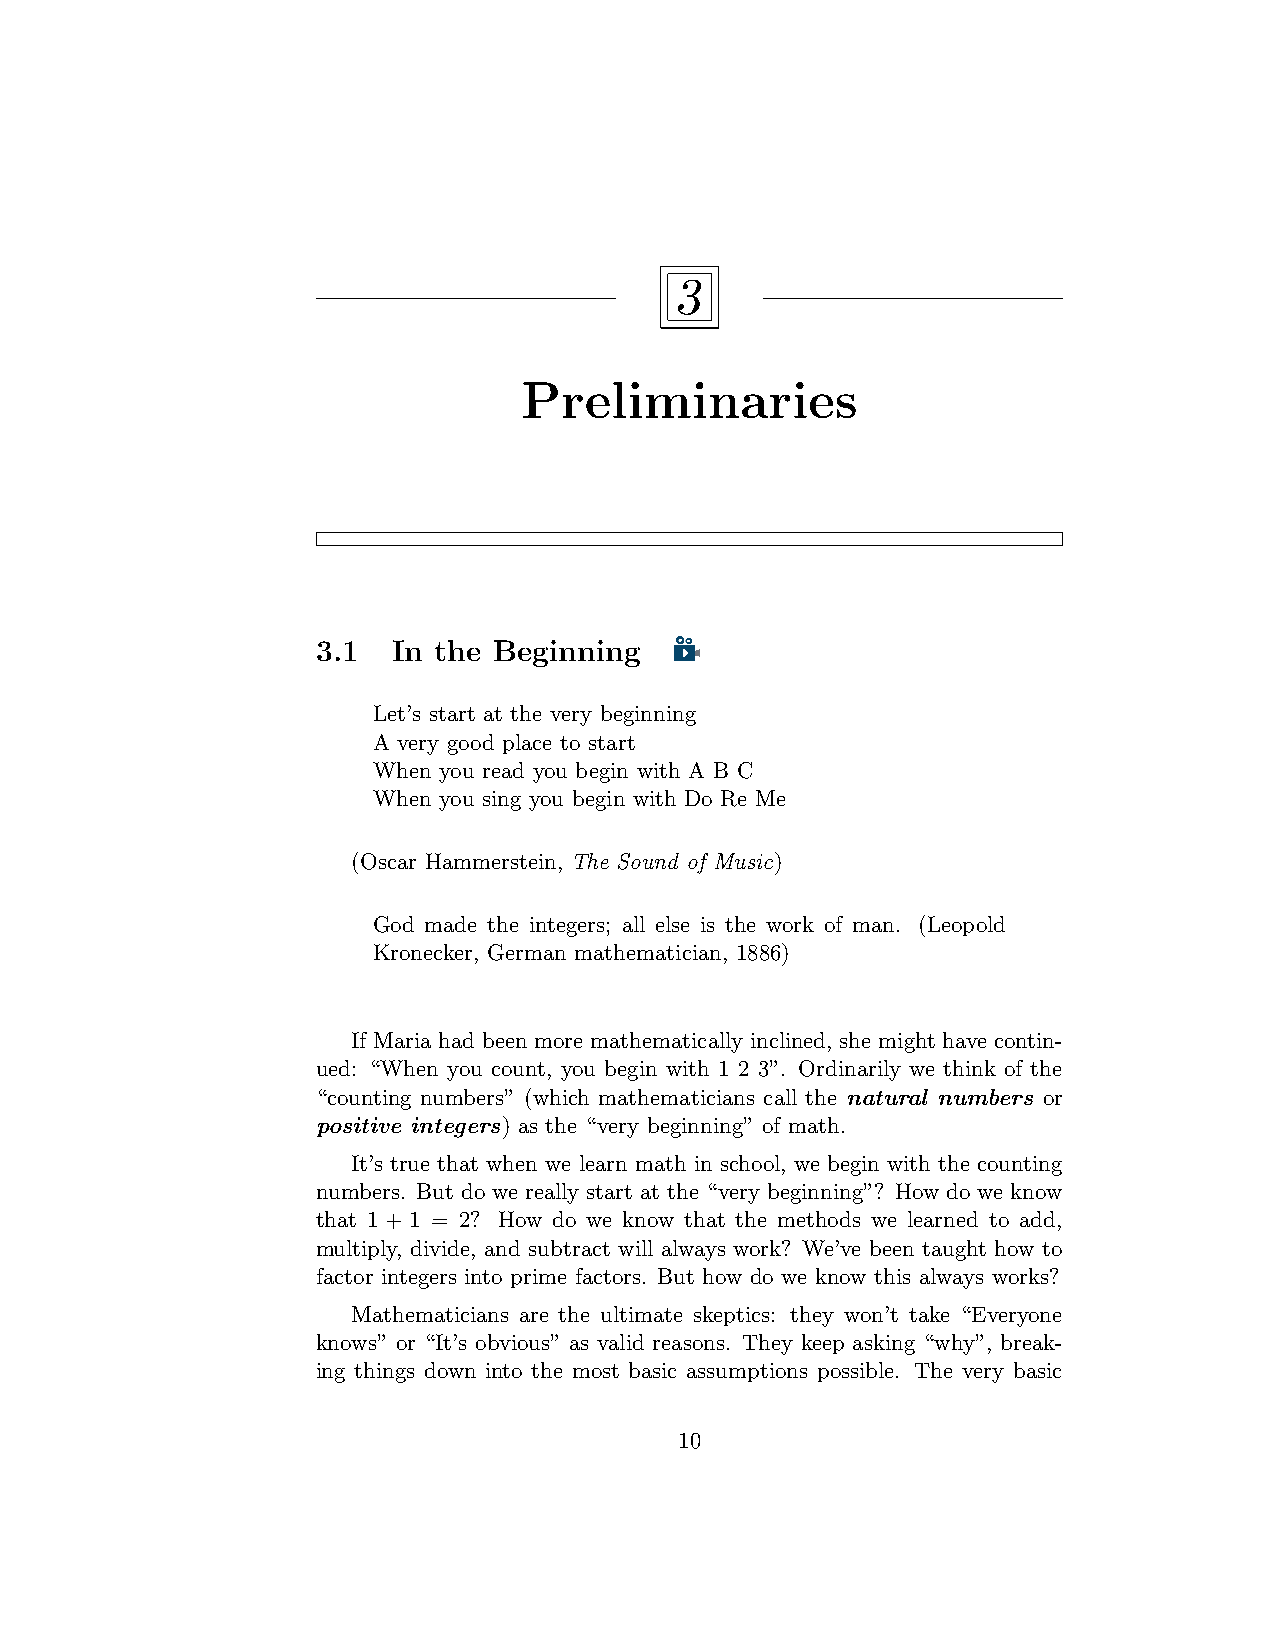
3
 Preliminaries
 3.1  In the Beginning
 Let’s start at the very beginning
 A very good place to start
 When you read you begin with A B C
 When you sing you begin with Do Re Me
 (Oscar Hammerstein, The Sound of Music)
 God made the integers; all else is the work of man. (Leopold
 Kronecker, German mathematician, 1886)
 If Maria had been more mathematically inclined, she might have contin-
 ued: “When you count, you begin with 1 2 3”. Ordinarily we think of the
 “counting numbers” (which mathematicians call the natural numbers or
 positive integers) as the “very beginning” of math.
 It’s true that when we learn math in school, we begin with the counting
 numbers. But do we really start at the “very beginning”? How do we know
 that 1 + 1 = 2? How do we know that the methods we learned to add,
 multiply, divide, and subtract will always work? We’ve been taught how to
 factor integers into prime factors. But how do we know this always works?
 Mathematicians are the ultimate skeptics: they won’t take “Everyone
 knows” or “It’s obvious” as valid reasons. They keep asking “why”, break-
 ing things down into the most basic assumptions possible. The very basic
 10